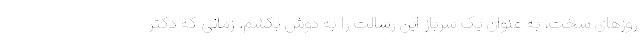
روزهای سخت، به عنوان یک سرباز این رسالت را به دوش بکشم. زمانی که دکتر